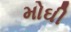
મોઘી